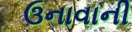
ઉનાવાની